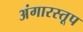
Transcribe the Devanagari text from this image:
अंगारस्तूप